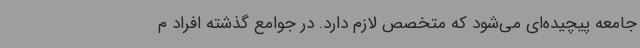
جامعه پیچیده‌ای می‌شود که متخصص لازم دارد. در جوامع گذشته افراد م